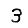
Digit: 3